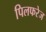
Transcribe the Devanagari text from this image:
पिलफरेज